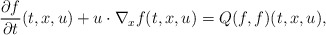
\begin{align*}\frac{ \partial f}{\partial t} (t, x, u)+ u \cdot \nabla_x f(t, x, u) = Q(f, f)(t,x,u), \end{align*}